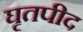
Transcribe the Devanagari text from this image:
घृतपीद